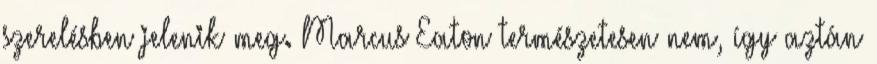
szerelésben jelenik meg. Marcus Eaton természetesen nem, így aztán